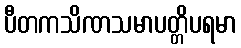
ပီတကသိဏသမာပတ္တိပရမာ